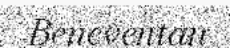
Beneventan